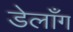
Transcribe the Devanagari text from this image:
डेलाँग